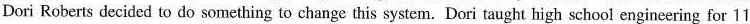
Dori Roberts decided to do something to change this system. Dori taught high school engineering for 11